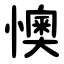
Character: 懊